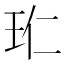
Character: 𭸹